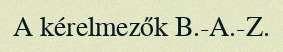
A kérelmezők B.-A.-Z.